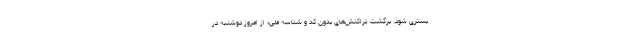
بستری شود. برگشت تراکنش‌های بدون کد و شناسه ملی؛ از امروز دوشنبه در